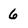
Character: 6